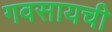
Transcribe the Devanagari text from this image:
गवसायची